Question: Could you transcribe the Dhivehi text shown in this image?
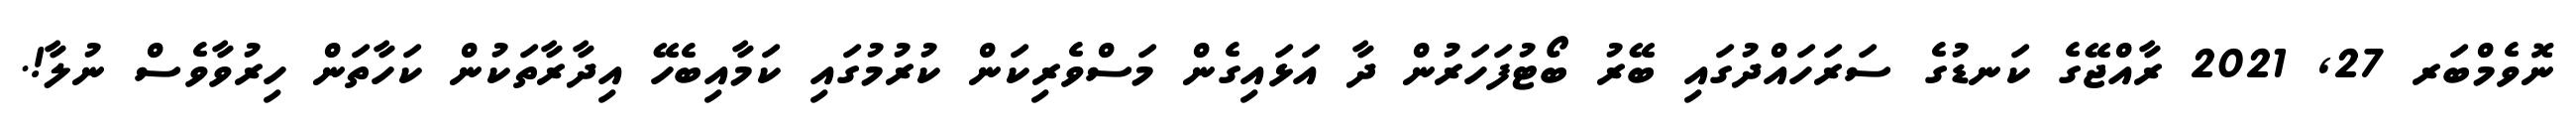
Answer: ނޮވެމްބަރ 27, 2021 ރާއްޖޭގެ ކަނޑުގެ ސަރަހައްދުގައި ބޭރު ބޯޓުފަހަރުން ދާ އަޅައިގެން މަސްވެރިކަން ކުރުމުގައި ކަމާއިބެހޭ އިދާރާތަކުން ކަހާތަން ހިރުވާވެސް ނުލާ!.